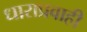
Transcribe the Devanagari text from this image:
धाराप्रवाही